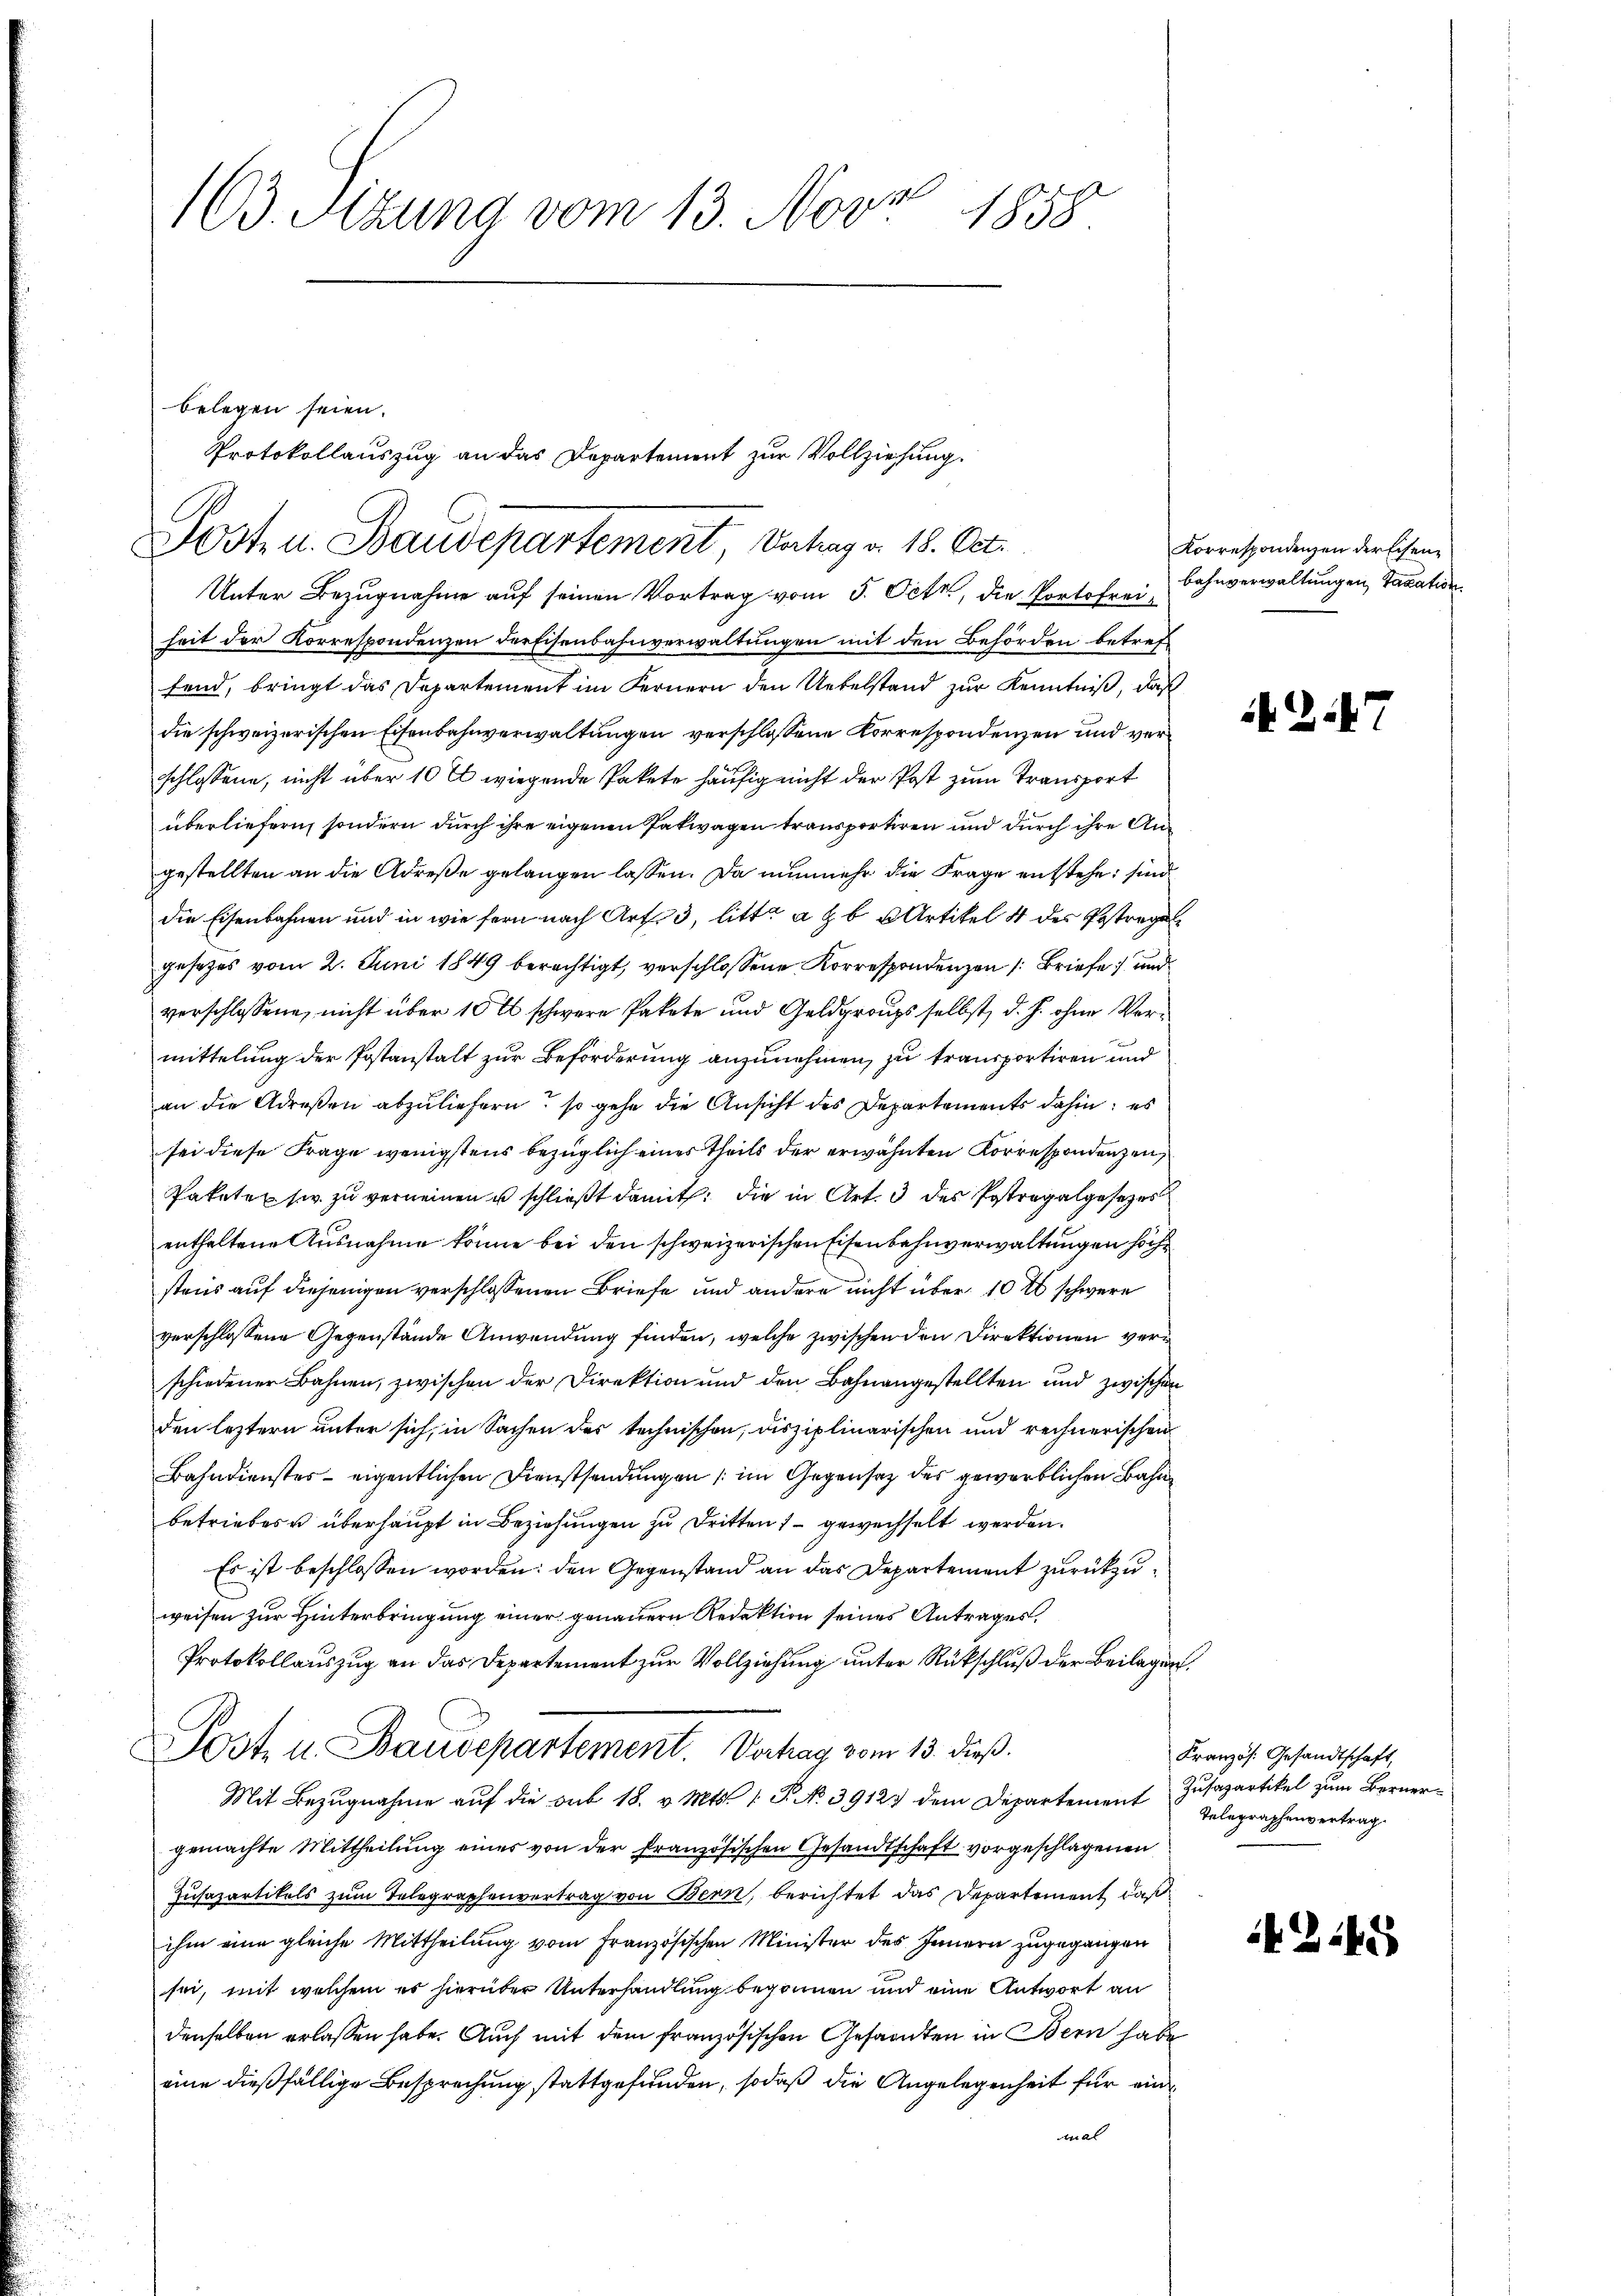
11.
103. Sitzung vom 13. Nov. 1858

Unter Bezugnahme auf seinen Vortrag vom 5. Oct., die Portofreiheit der Korrespondenzen der Eisenbahnverwaltungen mit den Behörden betreffend, bringt das Departement im Fernern den Uebelstand zur Kenntniß, daß
die schweizerischen Eisenbahnverwaltungen verschlossene Korrespondenzen und versschlossene, nicht über 10 x wiegende Pakete häufig nicht der Post zum Transport
überliefern, sondern durch ihre eigenen Pakwagen transportiren und durch ihre Angestellten an die Adrese gelangen lassen. Da nunmehr die Frage entstehe; sind
die Eisenbahnen und in wie fern nach Art. 3, litt. a z b u Artikel 4 des Bestregel
gesetzes vom 2. Juni 1849 berechtigt, verschlossene Korrespondenzen Briefe und
verschlossene, nicht über 10 t schwere Pakete und Geldgroups selbst, d. h. ohne Vermittelung der Postanstalt zur Beförderung anzunehmen, zu transportiren und
an die Adresen abzuliefern, so gehe die Ansicht des Departements dahin: es
sei diese Frage wenigstens bezüglich eines theils der erwähnten Korrespondenzen,
Paketes sie zu verneinen u schließt damit, die in Art. 3 des Postragalgesezes
enthaltene Ausnahme könne bei den schweizerischen Eisenbahnverwaltungen höch
stens auf diejenigen verschlossenen Briefe und andere nicht über 10 t schwere
verschlossene Gegenstände Anwendung finden, welche zwischen den Direktionen verschiedener Bahnen, zwischen der Direktion und den Bahnangestellten und zwischen
den leztern unter sich, in Sachen des technischen, disziplinarischen und rechnerischen
Bahndienstes - eigentlichen Dienstsendungen (im Gegensatz des gewerblichen Bahn
betriebes überhaupt in Beziehungen zu Dritten, – gewechselt werden.
Es ist beschlossen worden: den Gegenstand an das Departement zurückzuweisen zur Hinterbringung einer genauern Redaktion seines Antrages,
Protokollauszug an das Departement zur Vollziehung unter Rückschluß der Beilagen,
Post- u. Baudepartement. Vortrag vom 13. dieß.
Mit Bezugnahme auf die sub 18. v. Mts. 1. P. No. 39129 dem Departement Zusapartikel zum Bernergemachte Mittheilung eines von der französischen Gesandtschaft vorgeschlagenen
Zusazartikels zum Telegraphenvertrag von Bern, berichtet das Departement, daß
ihm eine gleiche Mittheilung vom Französischen Minister des Innern zugegangen
sei, mit welchem es hierüber Unterhandlung begonnen und eine Antwort an
denselben erlassen habe. Auch mit dem französischen Gesandten in Bern habe
eine dießfällige Besprechung stattgefunden, sodaß die Angelegenheit für eine
Mal

belegen seien.
Protokollauszug an das Departement zur Vollziehung.
Posten. Baudepartement, Antrag v. 18. Oct.

Korrespondenzen der Eisene
bahnverwaltungen Taxation

Kranzös. Gesandtschaft,
Telegraphenvertrag.

1245